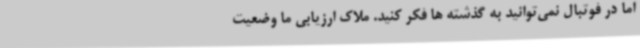
اما در فوتبال نمی‌توانید به گذشته ها فکر کنید. ملاک ارزیابی ما وضعیت